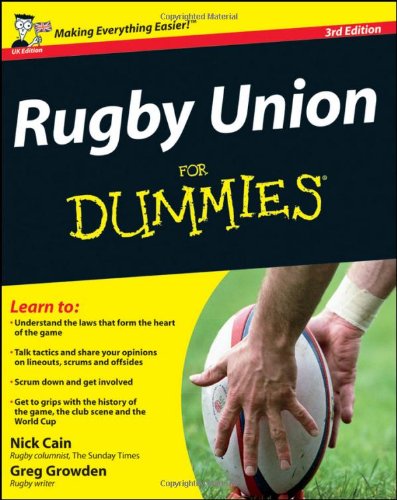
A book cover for Rugby Union For Dummies; Nick Cain; Sports & Outdoors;